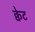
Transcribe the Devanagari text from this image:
क्वेट